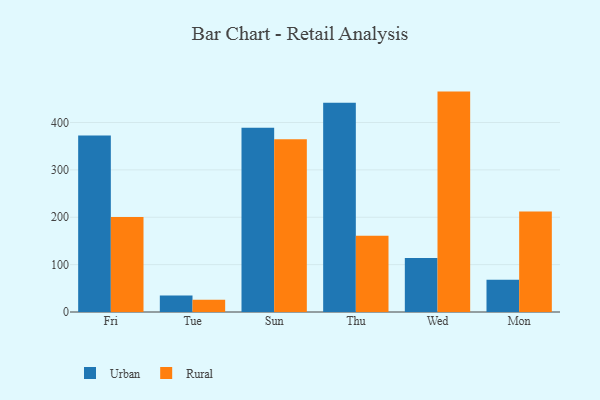
{"axis": {"x": "Day", "y": "Budget (USD K)"}, "legend": ["Rural", "Urban"], "data": [{"x": "Fri", "y": 372.3, "type": "Urban"}, {"x": "Fri", "y": 200.7, "type": "Rural"}, {"x": "Tue", "y": 34.8, "type": "Urban"}, {"x": "Tue", "y": 25.9, "type": "Rural"}, {"x": "Sun", "y": 388.8, "type": "Urban"}, {"x": "Sun", "y": 364.6, "type": "Rural"}, {"x": "Thu", "y": 441.6, "type": "Urban"}, {"x": "Thu", "y": 161.2, "type": "Rural"}, {"x": "Wed", "y": 113.8, "type": "Urban"}, {"x": "Wed", "y": 465.2, "type": "Rural"}, {"x": "Mon", "y": 68.0, "type": "Urban"}, {"x": "Mon", "y": 211.9, "type": "Rural"}]}